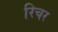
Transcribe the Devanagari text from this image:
रिचर